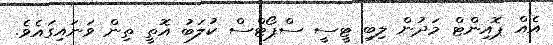
އެއް ޕޮއިންޓް މަދުން ލިބި ޓީސީ ސްޕޯޓްސް ކުލަބު އޮތީ ތިން ވަނައިގައެވެ.